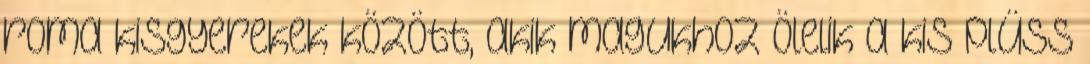
roma kisgyerekek között, akik magukhoz ölelik a kis plüss